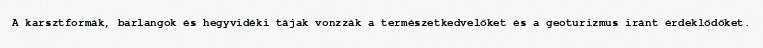
A karsztformák, barlangok és hegyvidéki tájak vonzzák a természetkedvelőket és a geoturizmus iránt érdeklődőket.